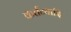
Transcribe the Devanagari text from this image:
कर्त्तव्यादि